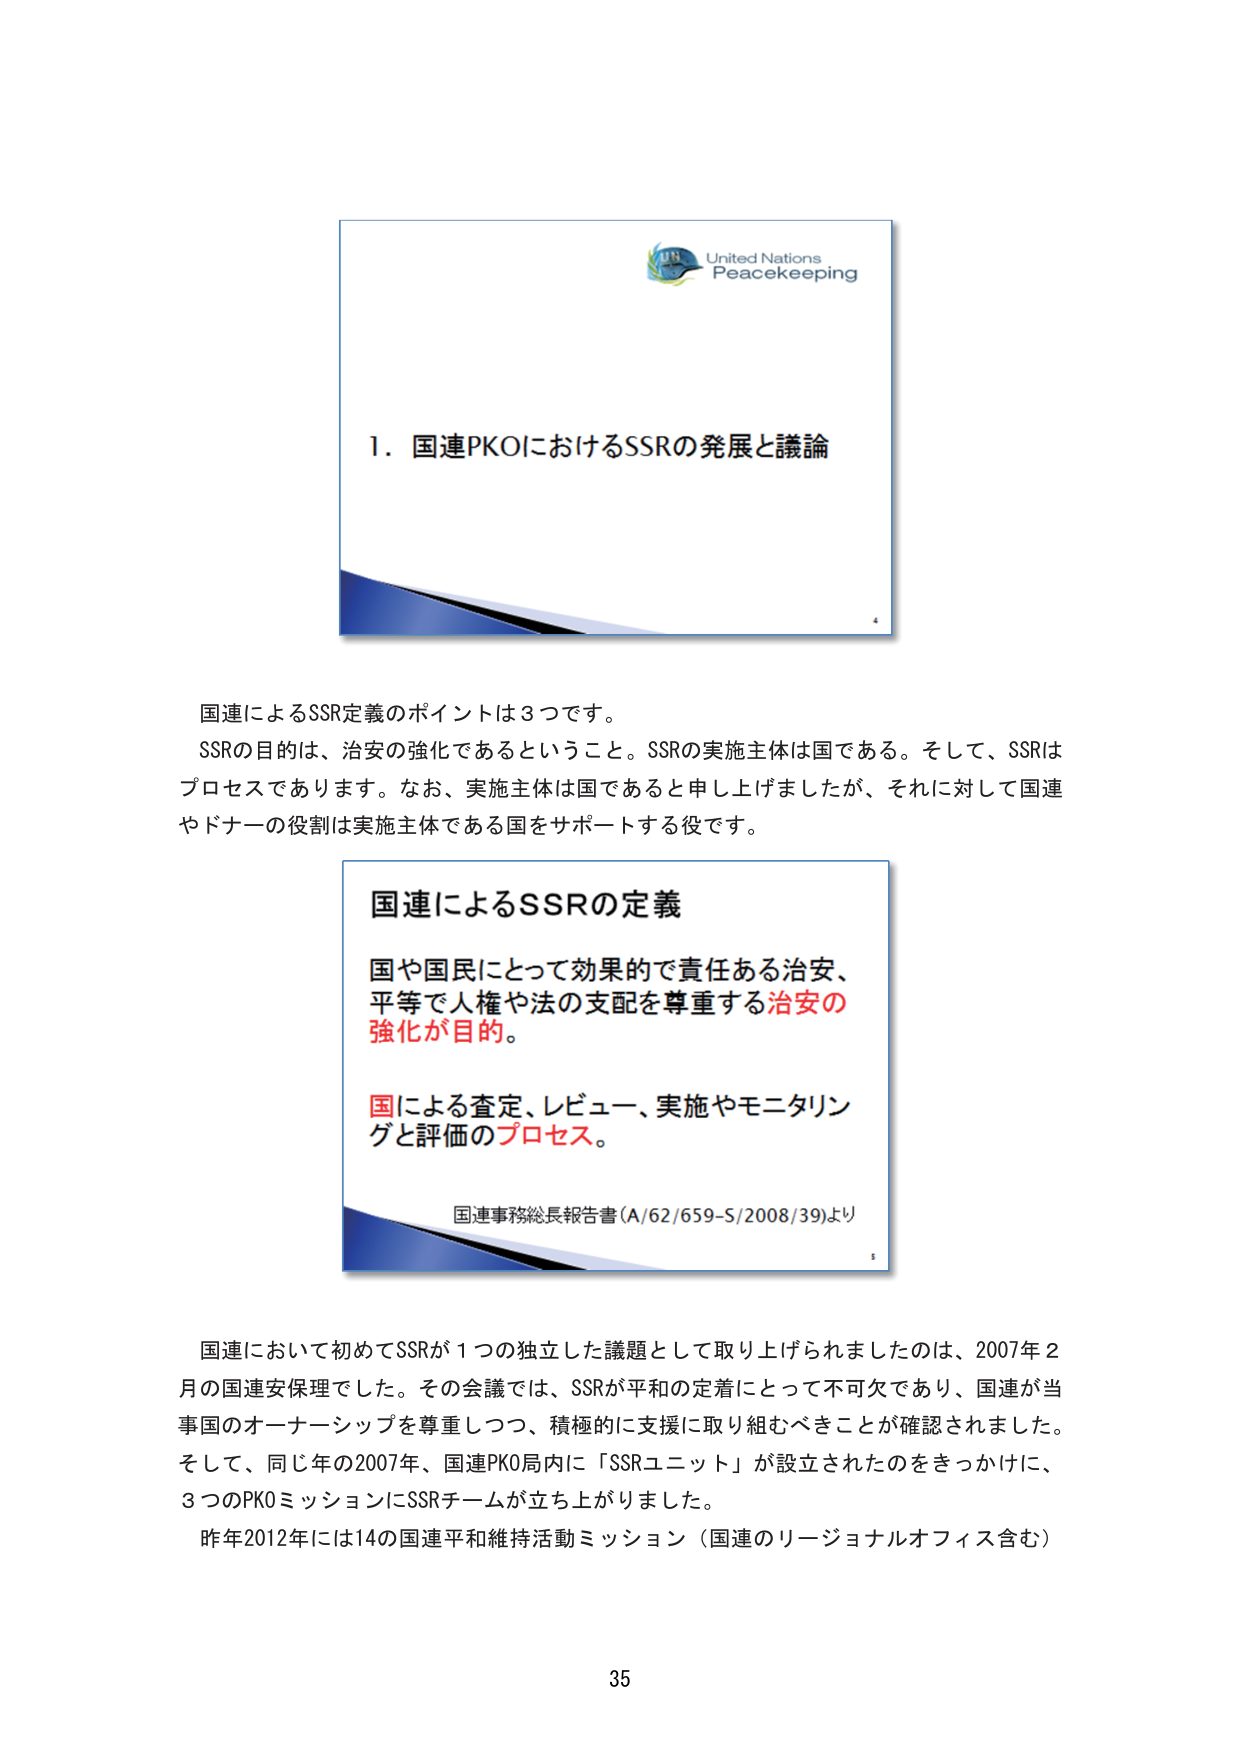
United Nations
Peacekeeping

1. 国連PKOにおけるSSRの発展と議論

国連によるSSR定義のポイントは3つです。
SSRの目的は、治安の強化であるということ。SSRの実施主体は国である。そして、SSRはプロセスであります。なお、実施主体は国であると申し上げましたが、それに対して国連やドナーの役割は実施主体である国をサポートする役です。

国連によるSSRの定義
国や国民にとって効果的で責任ある治安、
平等で人権や法の支配を尊重する治安の
強化が目的。
国による査定、レビュー、実施やモニタリングと評価のプロセス。
国連事務総長報告書 (A/62/659-S/2008/39)より

国連において初めてSSRが1つの独立した議題として取り上げられましたのは、2007年2月の国連安保理でした。その会議では、SSRが平和の定着にとって不可欠であり、国連が当事国のオーナーシップを尊重しつつ、積極的に支援に取り組むべきことが確認されました。そして、同じ年の2007年、国連PKO局内に「SSRユニット」が設立されたのをきっかけに、3つのPKOミッションにSSRチームが立ち上がりました。
昨年2012年には14の国連平和維持活動ミッション（国連のリージョナルオフィス含む）

35